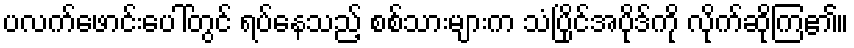
ပလက်ဖောင်းပေါ်တွင် ရပ်နေသည့် စစ်သားများက သံပြိုင်အပိုဒ်ကို လိုက်ဆိုကြ၏။